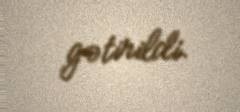
gətirildi.